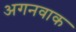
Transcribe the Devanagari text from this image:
अगनवाक